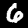
Label: 6